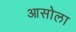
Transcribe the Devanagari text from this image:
आसोला